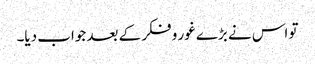
تو اس نے بڑے غور و فکر کے بعد جواب دیا۔